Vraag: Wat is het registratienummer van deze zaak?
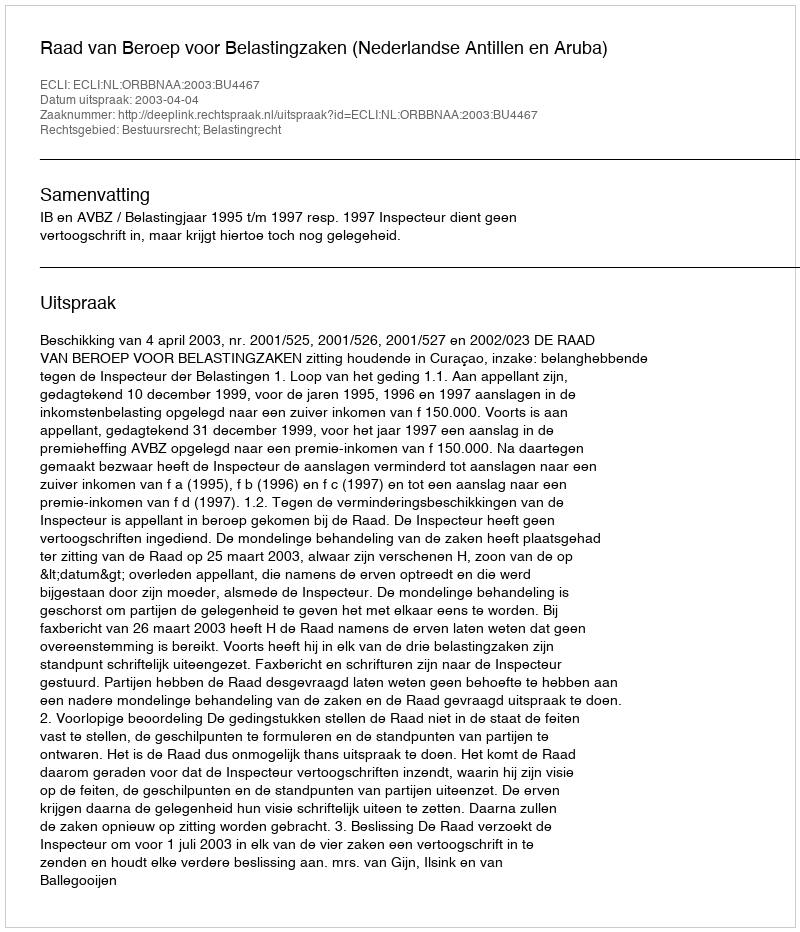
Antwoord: http://deeplink.rechtspraak.nl/uitspraak?id=ECLI:NL:ORBBNAA:2003:BU4467